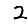
Digit: 2